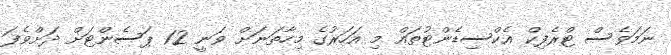
ނަމަވެސް ޓްރެފިކް އެކްސިޑެންޓުތައް މި އަހަރުގެ މިހާތަނަށް ވަނީ 12 ޕަސެންޓަށް ދަށްވެފަ